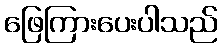
ဖြေကြားပေးပါသည်